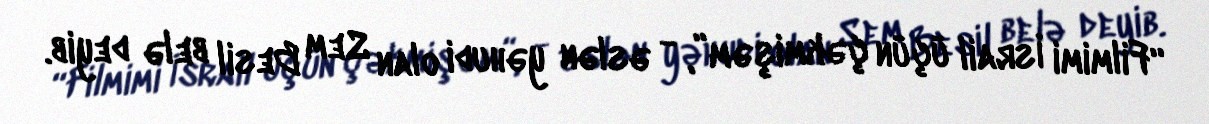
“Filmimi İsrail üçün çəkmişəm”, - əslən yəhudi olan Sem Besil belə deyib.